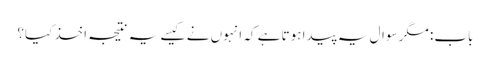
باب: مگر سوال یہ پیدا ہوتا ہے کہ انہوں نے کیسے یہ نتیجہ اخذ کیا؟